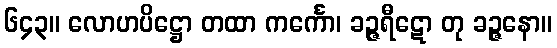
၆၄၃။ လောဟပိဋ္ဌော တထာ ကင်္ကော၊ ခဉ္ဇရီဋော တု ခဉ္ဇနော။